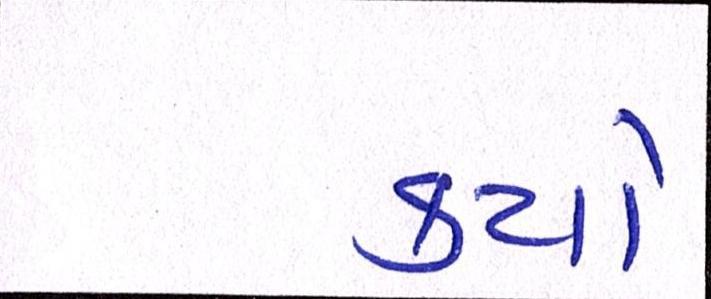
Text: કયો